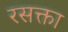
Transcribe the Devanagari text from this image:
रसक्ता